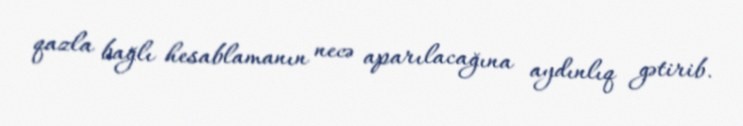
qazla bağlı hesablamanın necə aparılacağına aydınlıq gətirib.